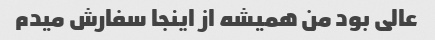
عالی بود من همیشه از اینجا سفارش میدم